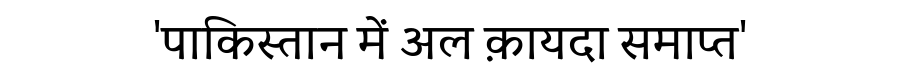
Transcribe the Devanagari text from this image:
'पाकिस्तान में अल क़ायदा समाप्त'